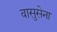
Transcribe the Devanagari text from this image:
वासुसेना